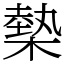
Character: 槷